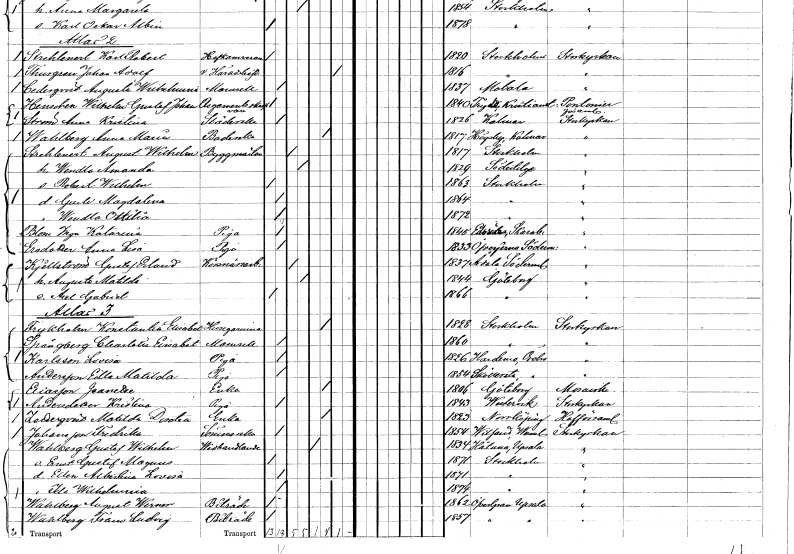
gt_parse: households: individuals: FN: Anna Maria
EN: Wahlberg
YRKE: Baderska
KON: K
CIV: E
FODAR: 1817
FODFORS: Högsby Kalmar län
FN: August Wilhelm
EN: Strehlnert
YRKE: Byggmästare
KON: M
CIV: G
FODAR: 1817
FODFORS: Stockholm
FN: Wendla Amanda
KON: K
CIV: G
FODAR: 1829
FODFORS: Södertälje Stockholms län
FN: Robert Wilhelm
KON: M
CIV: O
FODAR: 1863
FODFORS: Stockholm
FN: Gurle Magdalena
KON: K
CIV: O
FODAR: 1864
FODFORS: Stockholm
FN: Wendla Ottilia
KON: K
CIV: O
FODAR: 1872
FODFORS: Stockholm
FN: Inga Katarina
EN: Blom
YRKE: Piga
KON: K
CIV: O
FODAR: 1845
FODFORS: Edsvära Skaraborgs län
FN: Anna Lisa
EN: Ersdotter
YRKE: Piga
KON: K
CIV: O
FODAR: 1833
FODFORS: Överjärna Stockholms län
FN: Gustaf Erland
EN: Kjellström
YRKE: Körsnärsarbetare
KON: M
CIV: G
FODAR: 1837
FODFORS: Årdala Södermanlands län
FN: Augusta Matilda
KON: K
CIV: G
FODAR: 1844
FODFORS: Göteborg Göteborgs- och Bohuslän
FN: Axel Gabriel
KON: M
CIV: O
FODAR: 1866
FODFORS: Göteborg Göteborgs- och Bohuslän
FN: Konstantia Elisabet
EN: Frykholm
YRKE: Husägarinna
KON: K
CIV: E
FODAR: 1828
FODFORS: Stockholm
FN: Charlotta Elisabet
EN: Spångberg
KON: K
CIV: O
FODAR: 1860
FODFORS: Stockholm
FN: Lovisa
EN: Karlsson
YRKE: Piga
KON: K
CIV: O
FODAR: 1826
FODFORS: Hardemo Örebro län
FN: Edla Matilda
EN: Andersson
YRKE: Piga
KON: K
CIV: O
FODAR: 1854
FODFORS: Sköllersta Örebro län
FN: Jeanette
EN: Eliasson
YRKE: Änka
KON: K
CIV: E
FODAR: 1806
FODFORS: Göteborg Göteborgs- och Bohuslän
FN: Kristina
EN: Andersdotter
YRKE: Piga
KON: K
CIV: O
FODAR: 1843
FODFORS: Västervik Kalmar län
FN: Matilda Dorotea
EN: Zederqvist
YRKE: Änka
KON: K
CIV: E
FODAR: 1823
FODFORS: Norrköping Östergötlands län
FN: Fredrika
EN: Johansson
YRKE: Sömmerska
KON: K
CIV: O
FODAR: 1854
FODFORS: Vitsand Värmlands län
FN: Gustaf Wilhelm
EN: Wahlberg
YRKE: Vedhandlare
KON: M
CIV: E
FODAR: 1834
FODFORS: Håtuna Stockholms län
FN: Ernst Gustaf Magnus
KON: M
CIV: O
FODAR: 1871
FODFORS: Stockholm
FN: Ellen Albertina Lovisa
KON: K
CIV: O
FODAR: 1871
FODFORS: Stockholm
FN: Ida Wilhelmina
KON: K
CIV: O
FODAR: 1874
FODFORS: Stockholm
FN: August Werner
EN: Wahlberg
YRKE: Biträde
KON: M
CIV: O
FODAR: 1862
FODFORS: Övergran Uppsala län
FN: Frans Ludvig
EN: Wahlberg
YRKE: Biträde
KON: M
CIV: O
FODAR: 1857
FODFORS: Övergran Uppsala län